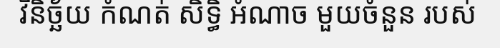
វិនិច្ឆ័យ កំណត់ សិទ្ធិ អំណាច មួយចំនួន របស់